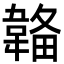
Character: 𩏄